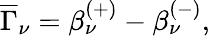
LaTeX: \overline{{{\Gamma}}}_{\nu}=\beta_{\nu}^{(+)}-\beta_{\nu}^{(-)},